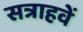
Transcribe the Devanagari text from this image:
सत्राहवें